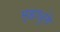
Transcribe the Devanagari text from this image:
म्हाळुंगे